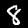
Digit: 8